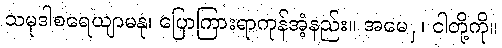
သမုဒါစရေယျာမနု၊ ပြောကြားရာကုန်အံ့နည်း။ အမေှ၊ ငါတို့ကို။